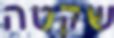
שקטה